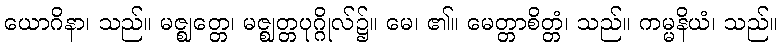
ယောဂိနာ၊ သည်။ မဇ္ဈတ္တေ၊ မဇ္ဈတ္တပုဂ္ဂိုလ်၌။ မေ၊ ၏။ မေတ္တာစိတ္တံ၊ သည်။ ကမ္မနိယံ၊ သည်။